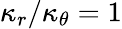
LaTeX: \kappa_{r}/\kappa_{\theta}=1